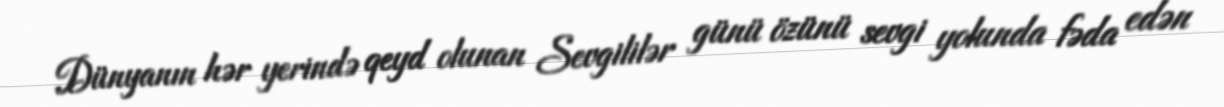
Dünyanın hər yerində qeyd olunan Sevgililər günü özünü sevgi yolunda fəda edən